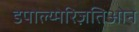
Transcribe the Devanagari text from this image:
डेपोल्य्मेरिज़तिओन